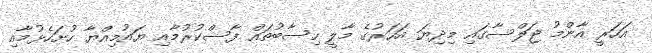
އަހަރީ އާންމު ޖަލްސާގައި މިދިޔަ އަހަރުގެ މާލީ ހިސާބުތައް ފާސްކުރުމާއި ޔައުމިއްޔާ ހުށަހެޅުމާއި